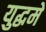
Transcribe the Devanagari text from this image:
युद्धमे